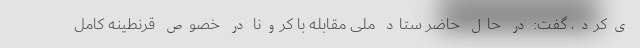
ی‌کرد، گفت: در حال حاضر ستاد ملی مقابله با کرونا در خصوص قرنطینه کامل